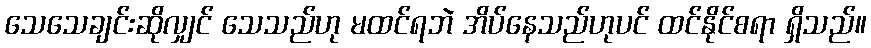
သေသေချင်းဆိုလျှင် သေသည်ဟု မထင်ရဘဲ အိပ်နေသည်ဟုပင် ထင်နိုင်စရာ ရှိသည်။